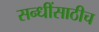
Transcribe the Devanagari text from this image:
सन्धींसाठीच